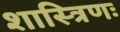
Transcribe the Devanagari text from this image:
शास्त्रिणः